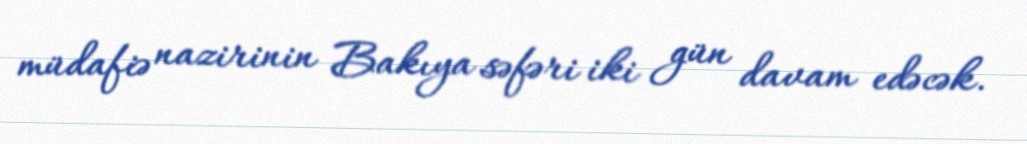
müdafiə nazirinin Bakıya səfəri iki gün davam edəcək.